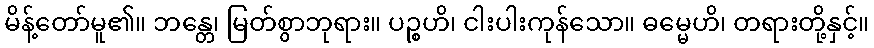
မိန့်တော်မူ၏။ ဘန္တေ၊ မြတ်စွာဘုရား။ ပဉ္စဟိ၊ ငါးပါးကုန်သော။ ဓမ္မေဟိ၊ တရားတို့နှင့်။